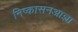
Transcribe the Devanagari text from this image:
निष्कासनआज्ञा